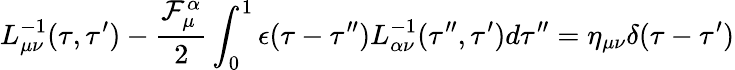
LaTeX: L_{\mu\nu}^{-1}(\tau,\tau^{\prime})-\frac{{\cal F}_{\mu}^{\alpha}}{2}\int_{0}^{1}\epsilon(\tau-\tau^{\prime\prime})L_{\alpha\nu}^{-1}(\tau^{\prime\prime},\tau^{\prime})d\tau^{\prime\prime}=\eta_{\mu\nu}\delta(\tau-\tau^{\prime})